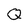
Character: Q